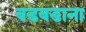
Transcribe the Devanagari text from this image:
बडबडाना